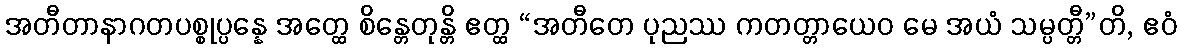
အတီတာနာဂတပစ္စုပ္ပန္နေ အတ္ထေ စိန္တေတုန္တိ ဧတ္ထ “အတီတေ ပုညဿ ကတတ္တာယေဝ မေ အယံ သမ္ပတ္တီ”တိ, ဧဝံ